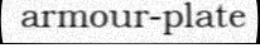
armour-plate